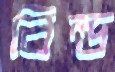
বিল্ড